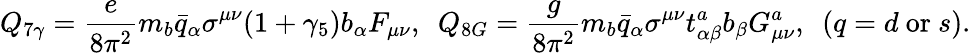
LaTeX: Q_{7\gamma}=\frac{e}{8\pi^{2}}m_{b}\bar{q}_{\alpha}\sigma^{\mu\nu}(1+\gamma_{5})b_{\alpha}F_{\mu\nu},~~Q_{8G}=\frac{g}{8\pi^{2}}m_{b}\bar{q}_{\alpha}\sigma^{\mu\nu}t_{\alpha\beta}^{a}b_{\beta}G_{\mu\nu}^{a},~~(q=d~\mathrm{or}~s).